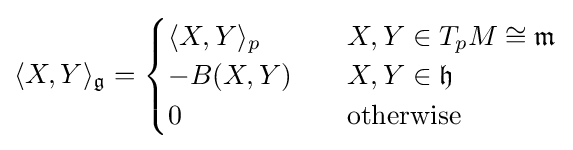
\langle X,Y\rangle _{\mathfrak {g}}={\begin{cases}\langle X,Y\rangle _{p}\quad &X,Y\in T_{p}M\cong {\mathfrak {m}}\\-B(X,Y)\quad &X,Y\in {\mathfrak {h}}\\0&{\mbox{otherwise}}\end{cases}}